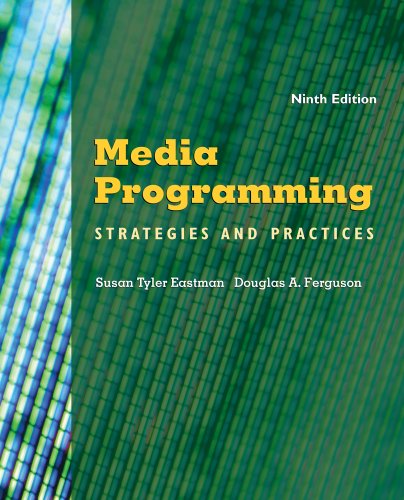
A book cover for Media Programming: Strategies and Practices; Susan Tyler Eastman; Humor & Entertainment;